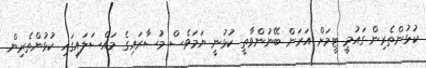
ކުޅުންތެރިން ގައުމީ ޓީމަށް އަރަން ބޭނުންވާތީ ކުޅުނީ ނަމަވެސް މުސާރައިގެ މައްސަލައިގައިި ކުޅުންތެރިން